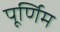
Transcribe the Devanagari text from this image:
पूर्णिम